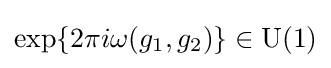
\exp\{2\pi i\omega (g_{1},g_{2})\}\in {\rm {U}}(1)